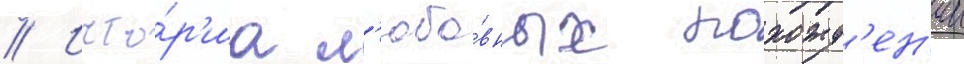
// Исто́р'иа л'юбо́вных похожд'ен'ии